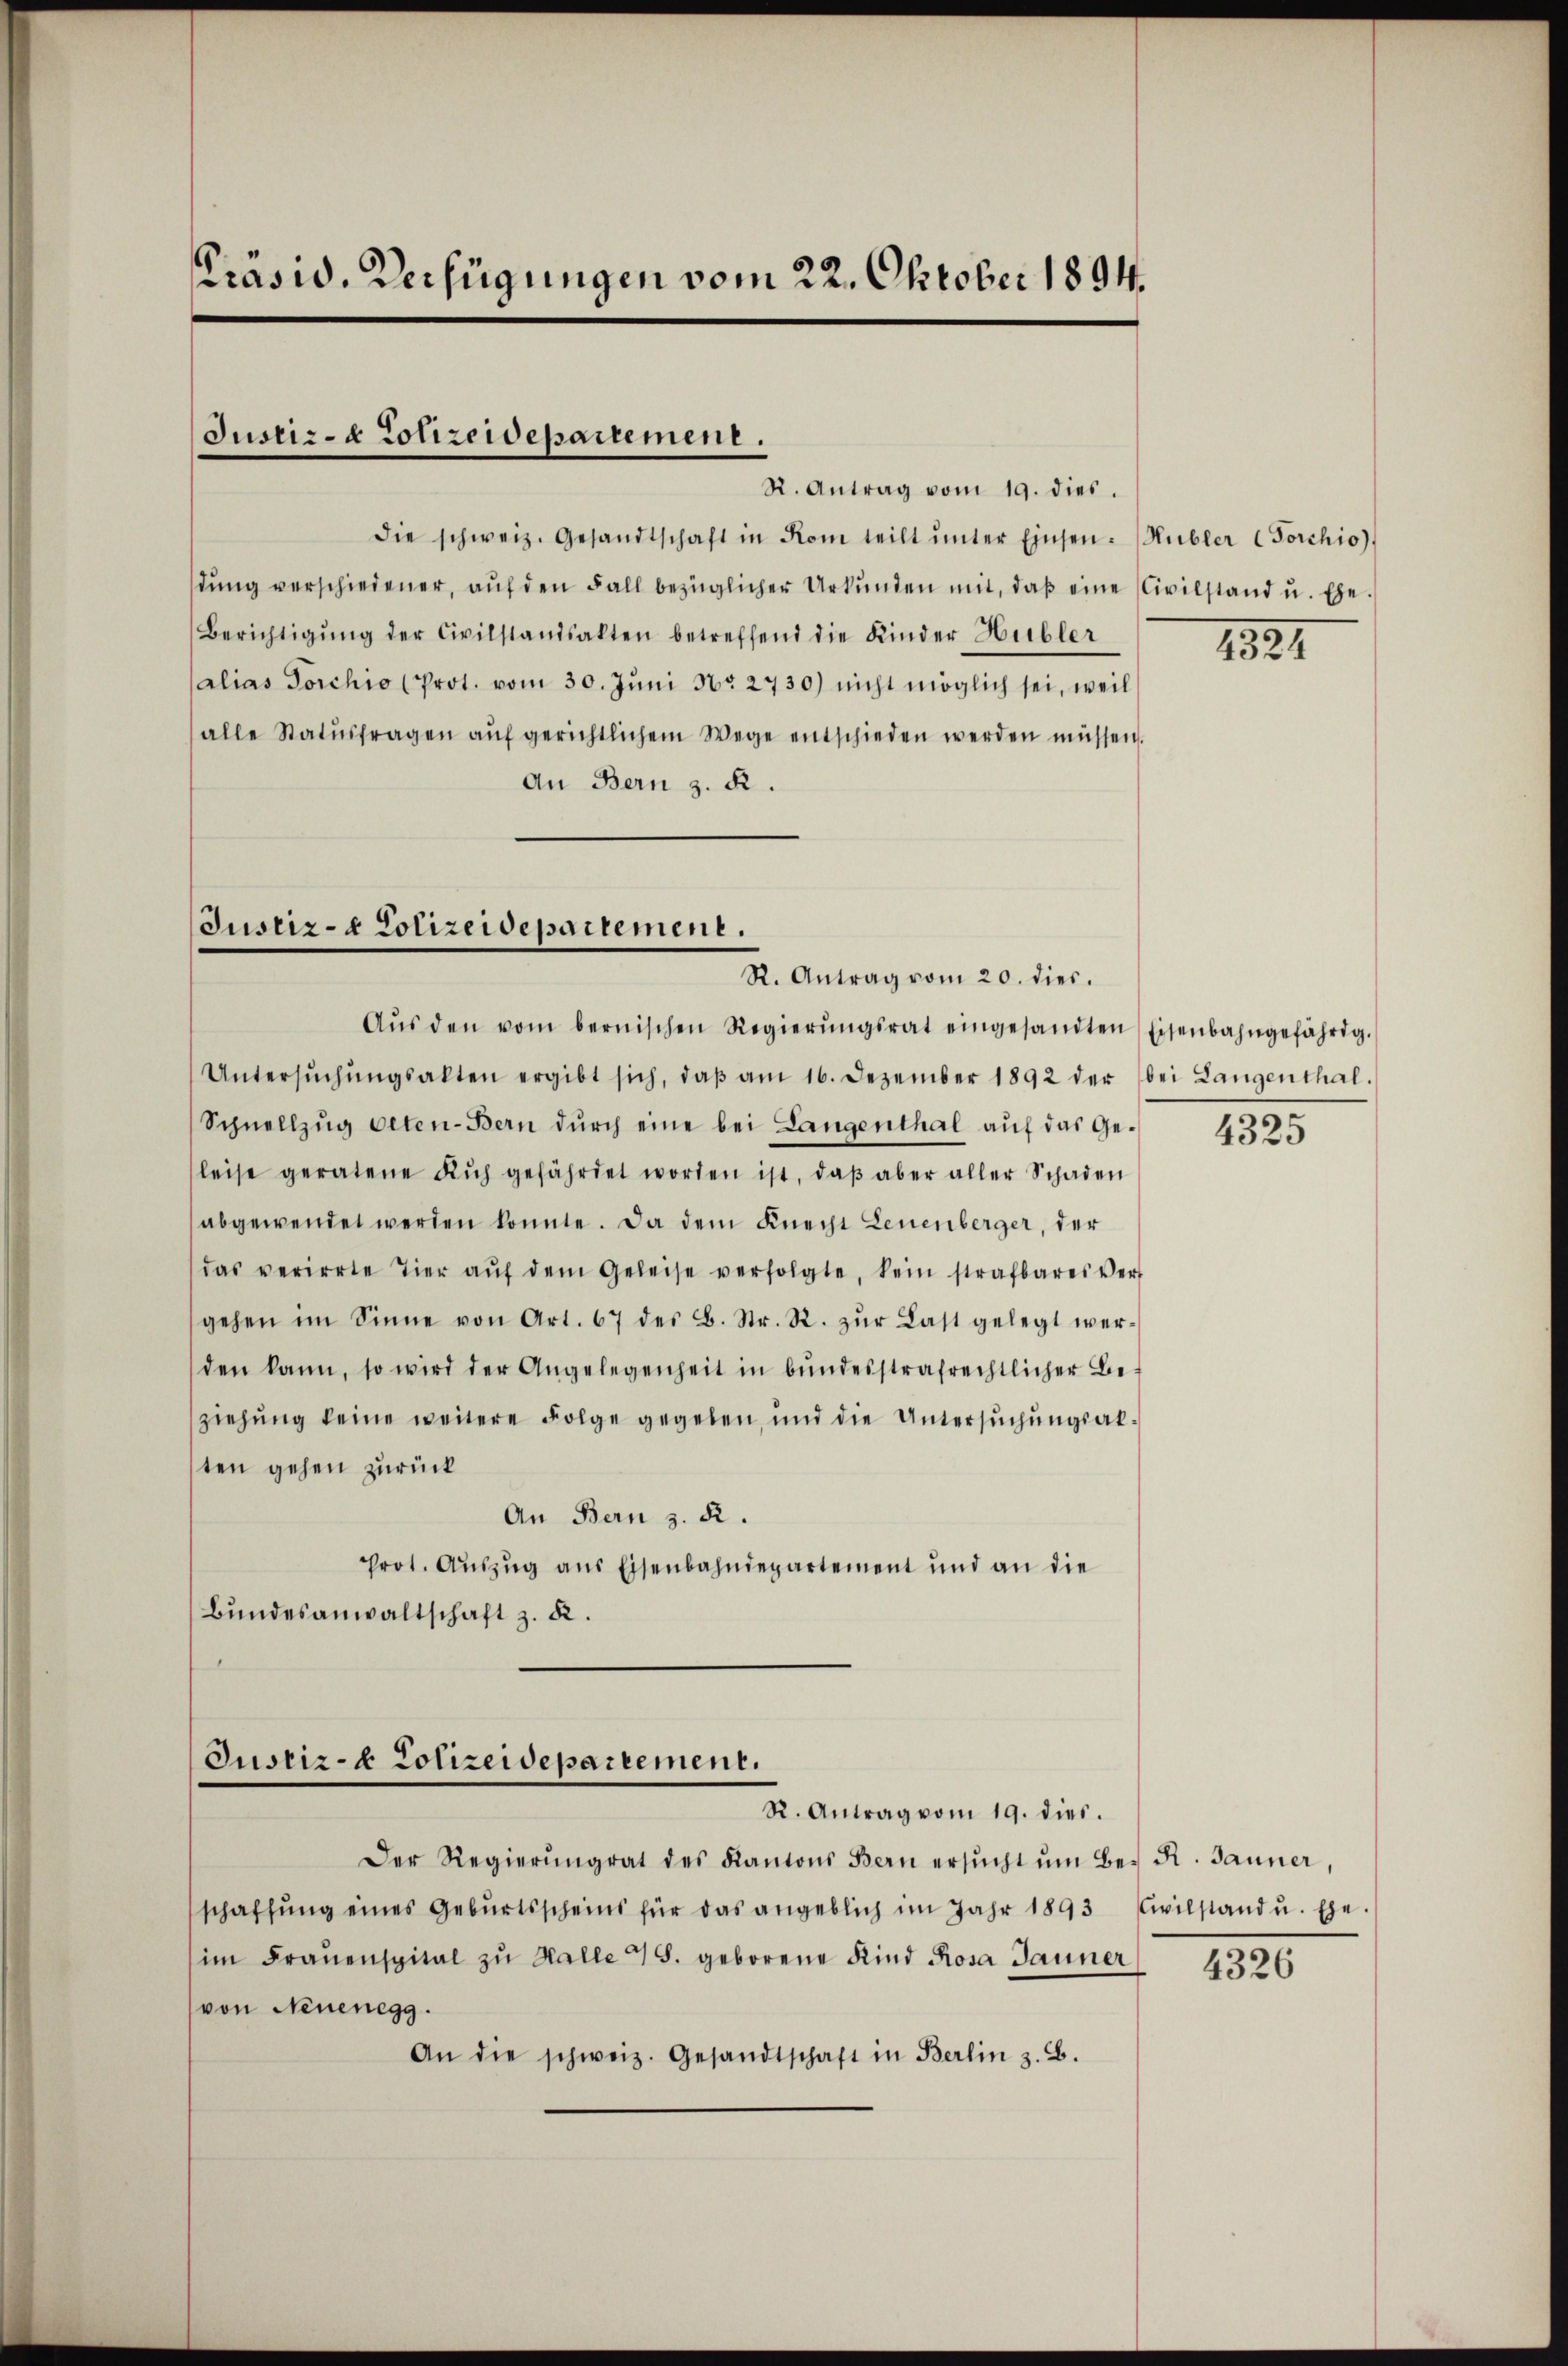
Präsid. Verfügungen vom 22. Oktober 1894.

Justiz- & Polizeidepartement.

R. Antrag vom 19. dies.
die schweiz. Gesandtschaft in Rom teilt ŭnter Einsen-Hübler (Forchio)
dŭng verschiedener, aŭf den Fall bezüglicher Urkŭnden mit, daβ eine Civilstand u. Ehe-
Berichtigŭng der Civilstandsakten betreffend die Kinder Hübler
alias Forchio (Prot. vom 30. Juni No 2730) nicht möglich sei, weil
alle Statusfragen auf gerichtlichem Wege entschieden werden müssen.
An Bern z. R.

Justiz- & Polizeidepartement.
R. Antrag vom 20. dies.

Justiz- & Polizeidepartement.
R. Antrag vom 19. dies.

Aŭs den vom bernischen Regierŭngsrat eingesandten Eisenbahngefährig.
Untersŭchŭngsakten ergibt sich, daβ am 16. Dezember 1892 der bei Langenthal.
Schnellzŭg Oeten-Bern dŭrch eine bei Langenthal auf das Geleise geratene Kuh gefährdet worden ist, daβ aber aller Schaden
abgewendet werden konnte. Da dem Knecht Leuenberger, der
das verirrte Tier aŭf dem Geleise verfolgte, kein strafbares Ver-
gehen im Sinne von Art. 67 des B. Str. R. zŭr Last gelegt wer-
den kann, so wird der Angelegenheit in bŭndesstrafrechtlicher Be-
ziehung keine weitere Folge gegeben, und die Untersŭchŭngsalten gehen zurück
An Bern z. B.
prot. Auszug aus Eisenbahndepartement und an die
Bundesanwaltschaft z. B.

Der Regierŭngrat des Kantons Bern ersŭcht ŭm Be-R. Jänner,
schaffŭng eines Gebŭrtsscheins für das angeblich im Jahr 1893 (wilstand u. Ehe-
im Fraŭenspital zŭ Halle 418. geborene Kind Rosa Jauner
von Neuenegg.
An die schweiz. Gesandtschaft in Berlin z. B.

1821

4325

4326